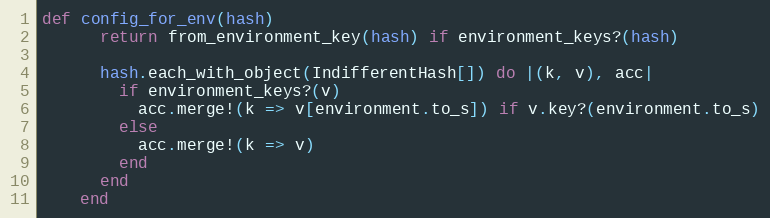
Language: Ruby
def config_for_env(hash)
      return from_environment_key(hash) if environment_keys?(hash)

      hash.each_with_object(IndifferentHash[]) do |(k, v), acc|
        if environment_keys?(v)
          acc.merge!(k => v[environment.to_s]) if v.key?(environment.to_s)
        else
          acc.merge!(k => v)
        end
      end
    end